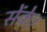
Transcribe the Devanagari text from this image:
सेंके।